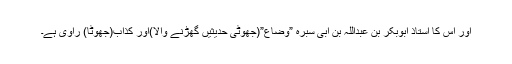
اور اس کا استاذ ابوبکر بن عبداللہ بن ابی سبرہ ”وضّاع”(جھوٹی حدیثیں گھڑنے والا)اور کذاب(جھوٹا) راوی ہے۔